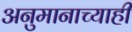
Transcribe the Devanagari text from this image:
अनुमानाच्याही